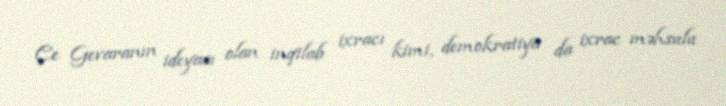
Çe Gevaranın ideyası olan inqilab ixracı kimi, demokratiya da ixrac məhsulu